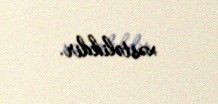
xəstəlikdir.